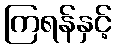
ကြရန်နှင့်